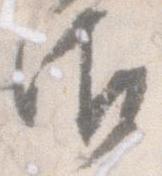
御